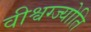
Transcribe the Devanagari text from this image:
वीश्वग्ज्योति